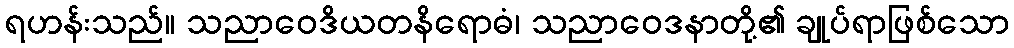
ရဟန်းသည်။ သညာဝေဒိယတနိရောဓံ၊ သညာဝေဒနာတို့၏ ချုပ်ရာဖြစ်သော